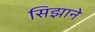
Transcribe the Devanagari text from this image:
सिझाने